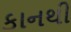
કાનથી